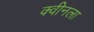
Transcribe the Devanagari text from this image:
क्वीनला